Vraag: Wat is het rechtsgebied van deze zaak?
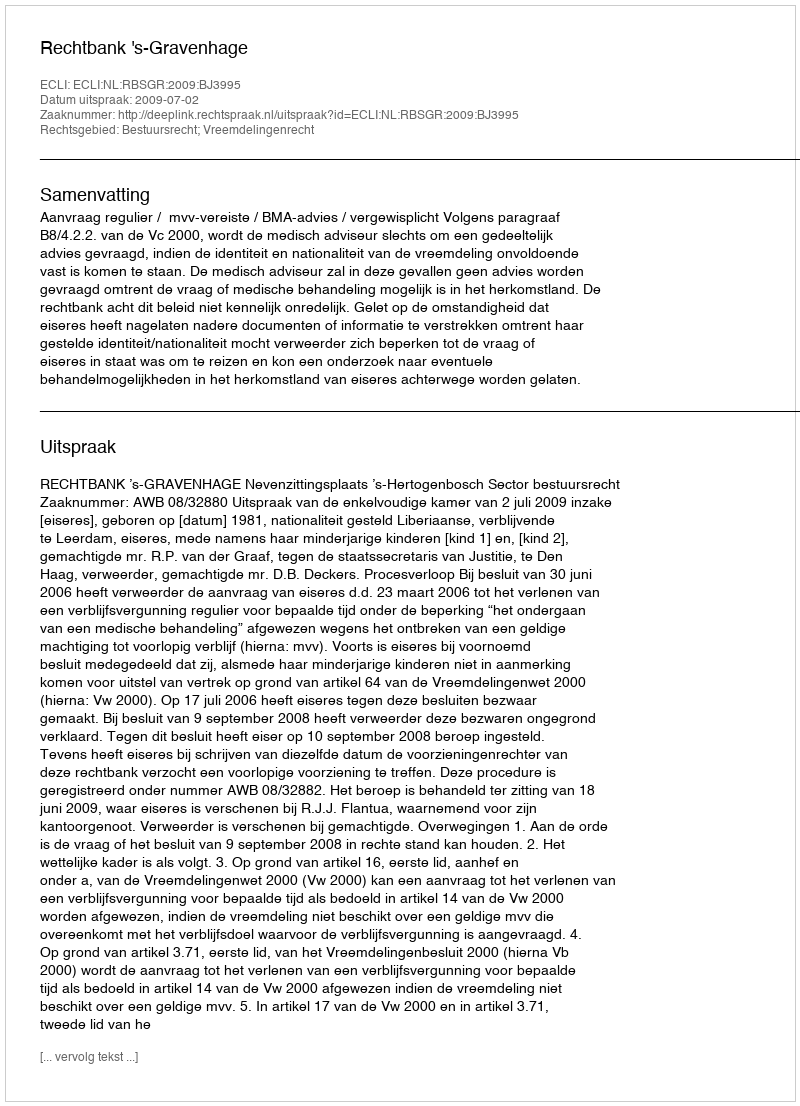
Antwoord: Bestuursrecht; Vreemdelingenrecht